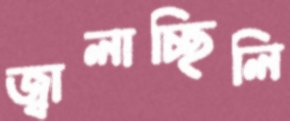
জ্বালাচ্ছিলি